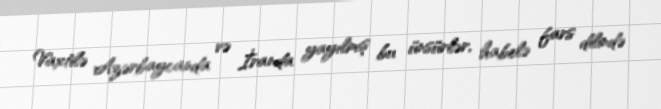
Vaxtilə Azərbaycanda və İranda yayılmış bu ünsürlər, habelə fars dilində